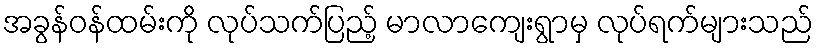
အခွန်ဝန်ထမ်းကို လုပ်သက်ပြည့် မာလာကျေးရွာမှ လုပ်ရက်များသည်